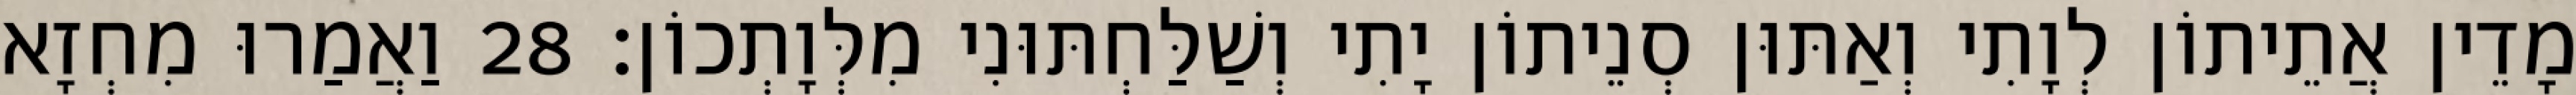
מָדֵין אֲתֵיתוֹן לְוָתִי וְאַתּוּן סְנֵיתוֹן יָתִי וְשַׁלַּחְתּוּנִי מִלְּוָתְכוֹן׃ 28 וַאֲמַרוּ מִחְזָא